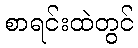
စာရင်းထဲတွင်